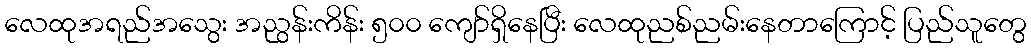
လေထုအရည်အသွေး အညွန်းကိန်း ၅၀၀ ကျော်ရှိနေပြီး လေထုညစ်ညမ်းနေတာကြောင့် ပြည်သူတွေ